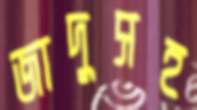
জাদুসহ